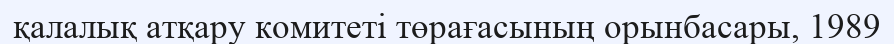
қалалық атқару комитеті төрағасының орынбасары, 1989